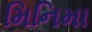
મિનિમા